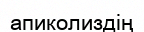
апиколиздің